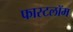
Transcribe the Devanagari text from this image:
फास्टलॉम